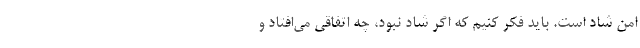
امن شاد است. باید فکر کنیم ‌که اگر شاد نبود، چه اتفاقی می‌افتاد و